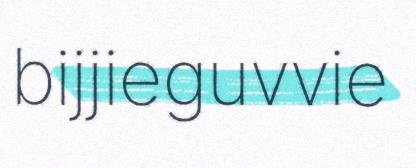
bijjieguvvie